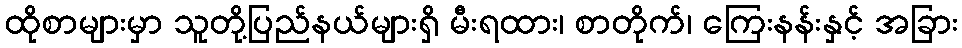
ထိုစာများမှာ သူတို့ပြည်နယ်များရှိ မီးရထား၊ စာတိုက်၊ ကြေးနန်းနှင့် အခြား